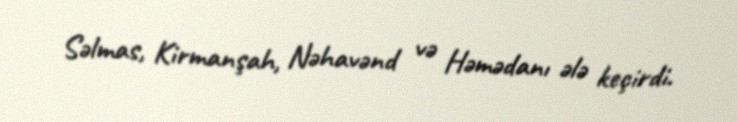
Səlmas, Kirmanşah, Nəhavənd və Həmədanı ələ keçirdi.